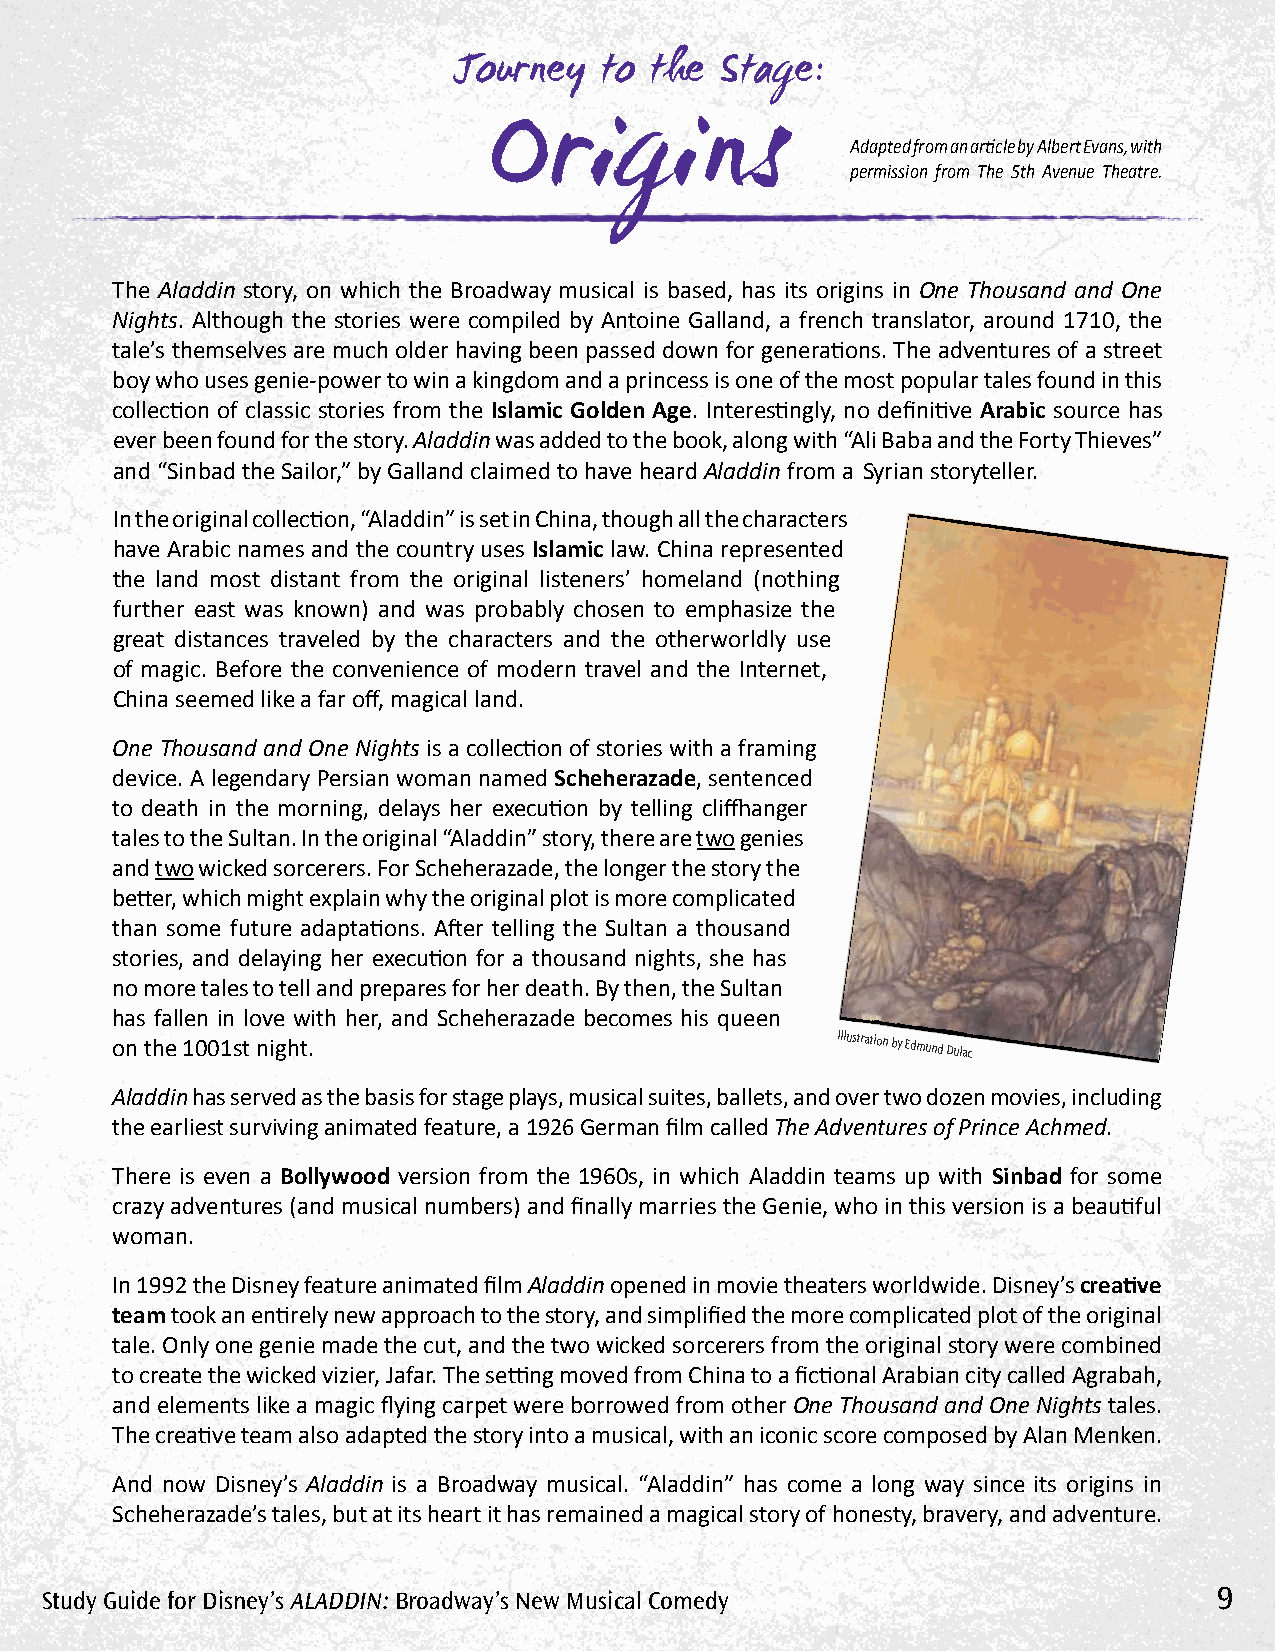
Journey   to the  Stage:
 Origins
 Adapted from an article by Albert Evans, with
 permission from The 5th Avenue Theatre.
 The Aladdin story, on which the Broadway musical is based, has its origins in One Thousand and One
 Nights. Although the stories were compiled by Antoine Galland, a french translator, around 1710, the
 tale’s themselves are much older having been passed down for generations. The adventures of a street
 boy who uses genie-power to win a kingdom and a princess is one of the most popular tales found in this
 collection of classic stories from the Islamic Golden Age. Interestingly, no definitive Arabic source has
 ever been found for the story. Aladdin was added to the book, along with “Ali Baba and the Forty Thieves”
 and “Sinbad the Sailor,” by Galland claimed to have heard Aladdin from a Syrian storyteller.
 In the original collection, “Aladdin” is set in China, though all the characters
 have Arabic names and the country uses Islamic law. China represented
 the land most distant from the original listeners’ homeland (nothing
 further east was known) and was probably chosen to emphasize the
 great distances traveled by the characters and the otherworldly use
 of magic. Before the convenience of modern travel and the Internet,
 China seemed like a far off, magical land.
 One Thousand and One Nights is a collection of stories with a framing
 device. A legendary Persian woman named Scheherazade, sentenced
 to death in the morning, delays her execution by telling cliffhanger
 tales to the Sultan. In the original “Aladdin” story, there are two genies
 and two wicked sorcerers. For Scheherazade, the longer the story the
 better, which might explain why the original plot is more complicated
 than some future adaptations. After telling the Sultan a thousand
 stories, and delaying her execution for a thousand nights, she has
 no more tales to tell and prepares for her death. By then, the Sultan
 has fallen in love with her, and Scheherazade becomes his queen
 on the 1001st night.
 Illustration
 by Edmund Dulac
 Aladdin has served as the basis for stage plays, musical suites, ballets, and over two dozen movies, including
 the earliest surviving animated feature, a 1926 German film called The Adventures of Prince Achmed.
 There is even a Bollywood version from the 1960s, in which Aladdin teams up with Sinbad for some
 crazy adventures (and musical numbers) and finally marries the Genie, who in this version is a beautiful
 woman.
 In 1992 the Disney feature animated film Aladdin opened in movie theaters worldwide. Disney’s creative
 team took an entirely new approach to the story, and simplified the more complicated plot of the original
 tale. Only one genie made the cut, and the two wicked sorcerers from the original story were combined
 to create the wicked vizier, Jafar. The setting moved from China to a fictional Arabian city called Agrabah,
 and elements like a magic flying carpet were borrowed from other One Thousand and One Nights tales.
 The creative team also adapted the story into a musical, with an iconic score composed by Alan Menken.
 And now Disney’s Aladdin is a Broadway musical. “Aladdin” has come a long way since its origins in
 Scheherazade’s tales, but at its heart it has remained a magical story of honesty, bravery, and adventure.
 Study Guide for Disney’s AlADDin: Broadway’s new Musical Comedy               9